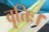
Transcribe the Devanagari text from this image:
वृत्तिः।